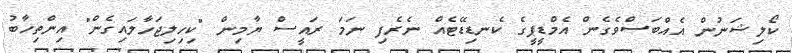
ކޯލިޝަނުން އެއްބަސްވެގެން އެމްޑީޕީގެ ކެނޑިޑޭޓެއް ނެރެފި ނަމަ ރައީސް ޔާމިން "ކިހިލިޖަހާލައިގެން" އިންތިހާބު